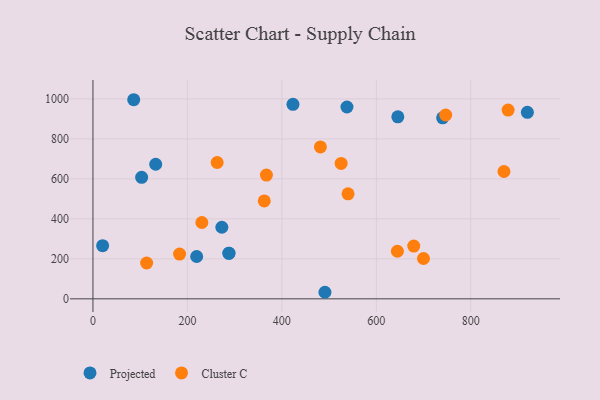
{"axis": {"x": "Study Hours", "y": "Profit"}, "legend": ["Cluster C", "Projected"], "data": [{"x": "219.6", "y": 211.8, "type": "Projected"}, {"x": "919.8", "y": 932.7, "type": "Projected"}, {"x": "423.5", "y": 972.8, "type": "Projected"}, {"x": "20.5", "y": 265.8, "type": "Projected"}, {"x": "537.8", "y": 959.4, "type": "Projected"}, {"x": "491.2", "y": 32.8, "type": "Projected"}, {"x": "272.9", "y": 357.9, "type": "Projected"}, {"x": "86.3", "y": 995.7, "type": "Projected"}, {"x": "103.1", "y": 607.4, "type": "Projected"}, {"x": "132.9", "y": 672.9, "type": "Projected"}, {"x": "645.5", "y": 910.4, "type": "Projected"}, {"x": "740.4", "y": 905.0, "type": "Projected"}, {"x": "288.1", "y": 228.3, "type": "Projected"}, {"x": "287.7", "y": 227.7, "type": "Projected"}, {"x": "540.1", "y": 525.0, "type": "Cluster C"}, {"x": "183.4", "y": 224.0, "type": "Cluster C"}, {"x": "879.0", "y": 944.1, "type": "Cluster C"}, {"x": "870.2", "y": 636.7, "type": "Cluster C"}, {"x": "481.6", "y": 759.8, "type": "Cluster C"}, {"x": "362.7", "y": 489.4, "type": "Cluster C"}, {"x": "699.8", "y": 201.8, "type": "Cluster C"}, {"x": "367.3", "y": 618.8, "type": "Cluster C"}, {"x": "644.6", "y": 238.0, "type": "Cluster C"}, {"x": "230.6", "y": 381.7, "type": "Cluster C"}, {"x": "525.5", "y": 677.3, "type": "Cluster C"}, {"x": "679.2", "y": 264.0, "type": "Cluster C"}, {"x": "113.7", "y": 179.3, "type": "Cluster C"}, {"x": "263.0", "y": 681.9, "type": "Cluster C"}, {"x": "746.8", "y": 919.4, "type": "Cluster C"}]}